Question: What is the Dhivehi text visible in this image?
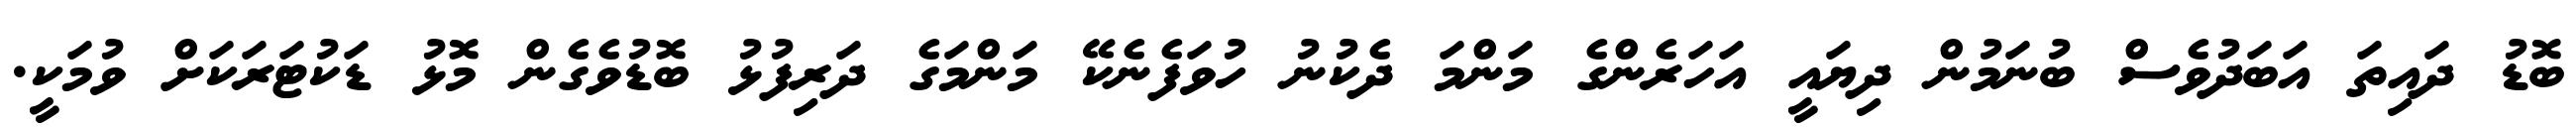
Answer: ބޮޑު ދައިތަ އަބަދުވެސް ބުނަމުން ދިޔައީ އަހަރެންގެ މަންމަ ދެކުނު ހުވަފެނެކޭ މަންމަގެ ދަރިފުޅު ބޮޑުވެގެން މޮޅު ޑަކުޓަރަކަށް ވުމަކީ.